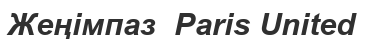
Жеңімпаз  Paris United